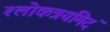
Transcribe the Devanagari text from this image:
श्लोकत्रयमिदं